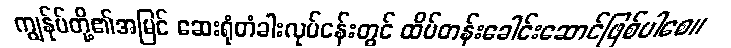
ကျွန်ုပ်တို့၏အမြင် ဆေးရုံတံခါးလုပ်ငန်းတွင် ထိပ်တန်းခေါင်းဆောင်ဖြစ်ပါစေ။